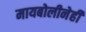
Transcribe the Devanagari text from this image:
मायबोलीनेही